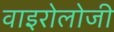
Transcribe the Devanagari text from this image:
वाइरोलोजी